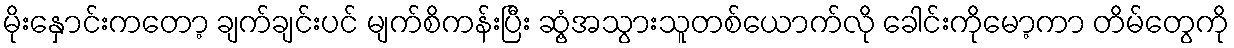
မိုးနှောင်းကတော့ ချက်ချင်းပင် မျက်စိကန်းပြီး ဆွံ့အသွားသူတစ်ယောက်လို ခေါင်းကိုမော့ကာ တိမ်တွေကို